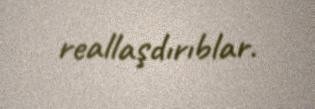
reallaşdırıblar.